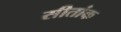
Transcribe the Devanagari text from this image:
सीतांक